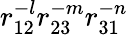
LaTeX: r_{12}^{-l}r_{23}^{-m}r_{31}^{-n}